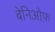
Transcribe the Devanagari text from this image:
बेनिओफ़